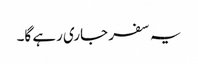
یہ سفر جاری رہے گا۔